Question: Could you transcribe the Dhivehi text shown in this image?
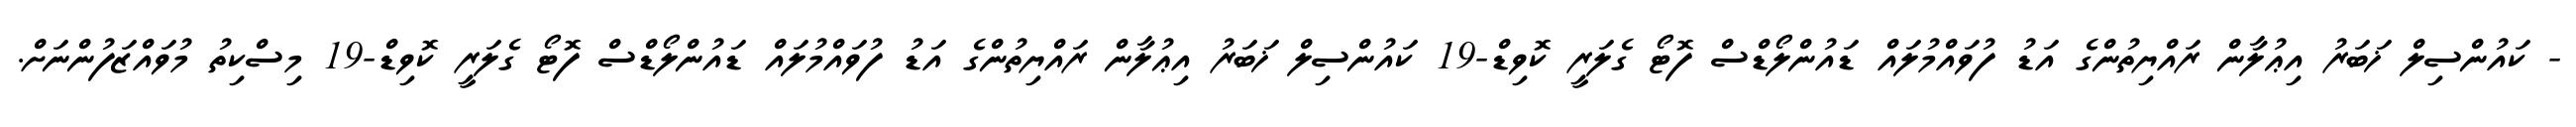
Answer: - ކައުންސިލް ޚަބަރު އިޢުލާން ރައްޔިތުންގެ އަޑު ފުވައްމުލައް ޑައުންލޯޑްސް ފޮޓޯ ގެލަރީ ކޮވިޑް-19 ކައުންސިލް ޚަބަރު އިޢުލާން ރައްޔިތުންގެ އަޑު ފުވައްމުލައް ޑައުންލޯޑްސް ފޮޓޯ ގެލަރީ ކޮވިޑް-19 މިސްކިތު މުވައްޒަފުންނަށް.